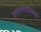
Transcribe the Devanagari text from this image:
गुलामगिरीविरूद्ध